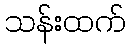
သန်းထက်